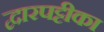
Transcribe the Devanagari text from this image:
द्वारपट्टीका